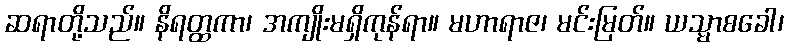
ဆရာတို့သည်။ နိရတ္ထကာ၊ အကျိုးမရှိကုန်ရာ။ မဟာရာဇ၊ မင်းမြတ်။ ယသ္မာစခေါ၊